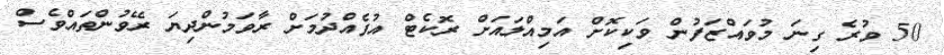
50 ވުރެ ގިނަ މުވައްޒަފުން ވަކިކޮށް އަމިއްލައަށް ރޮކެޓް އުފެއްދުމަށް ރާވަމުންދިޔަ ރޭވުންތައްވެސް